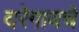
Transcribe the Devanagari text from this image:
दरेगावचे